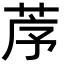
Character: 𦯅